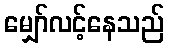
မျှော်လင့်နေသည်